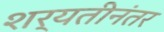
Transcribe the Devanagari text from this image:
शर्यतीनंतर